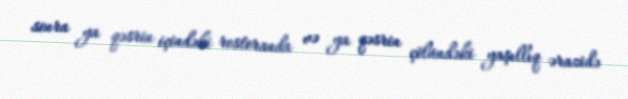
sonra ya qəsrin içindəki restoranda və ya qəsrin çölündəki yaşıllıq ərazidə